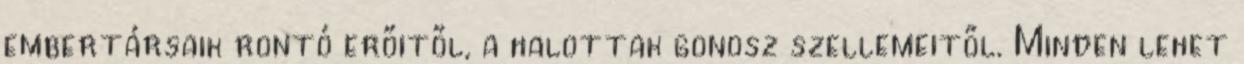
embertársaik rontó erőitől, a halottak gonosz szellemeitől. Minden lehet